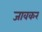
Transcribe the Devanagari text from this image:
जावकर